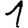
Digit: 1